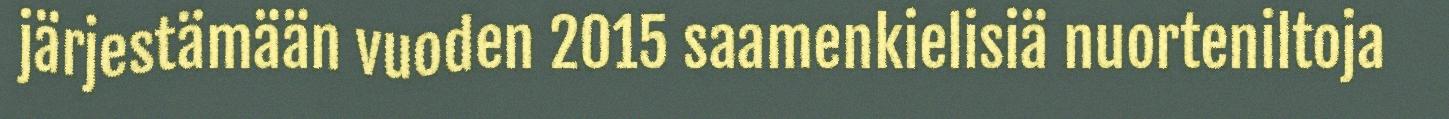
järjestämään vuoden 2015 saamenkielisiä nuorteniltoja